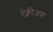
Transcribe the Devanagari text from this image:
ऐक्वीअस